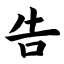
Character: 告